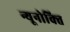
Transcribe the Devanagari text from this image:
न्यूनोक्‍ति